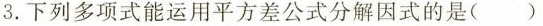
3. 下列多项式能运用平方差公式分解因式的是()